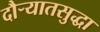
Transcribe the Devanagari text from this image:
दौर्‍यातसुद्धा